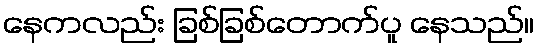
နေကလည်း ခြစ်ခြစ်တောက်ပူ နေသည်။